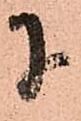
に